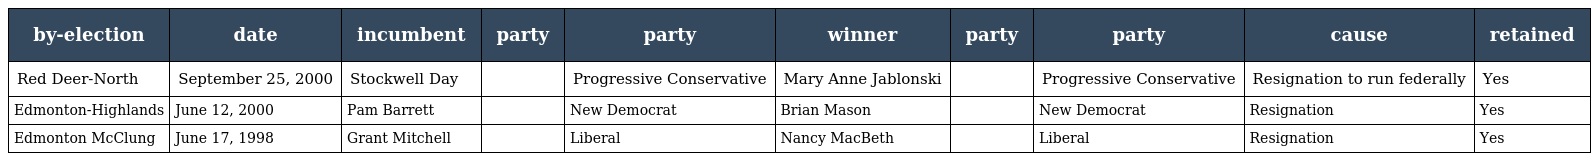
| by-election | date | incumbent | party | party | winner | party | party | cause | retained |
 | --- | --- | --- | --- | --- | --- | --- | --- | --- | --- |
 | Red Deer-North | September 25, 2000 | Stockwell Day |  | Progressive Conservative | Mary Anne Jablonski |  | Progressive Conservative | Resignation to run federally | Yes |
 | Edmonton-Highlands | June 12, 2000 | Pam Barrett |  | New Democrat | Brian Mason |  | New Democrat | Resignation | Yes |
 | Edmonton McClung | June 17, 1998 | Grant Mitchell |  | Liberal | Nancy MacBeth |  | Liberal | Resignation | Yes |